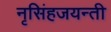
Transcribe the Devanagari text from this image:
नृसिंहजयन्ती